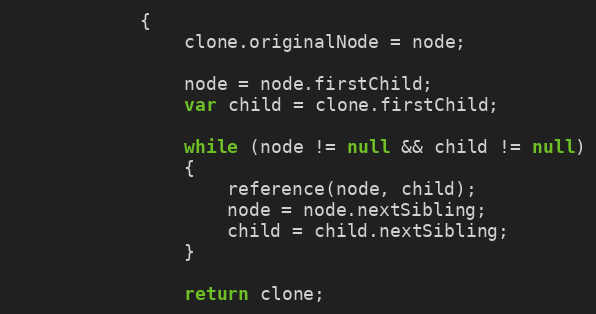
Language: JavaScript
			{
				clone.originalNode = node;

				node = node.firstChild;
				var child = clone.firstChild;

				while (node != null && child != null)
				{
					reference(node, child);
					node = node.nextSibling;
					child = child.nextSibling;
				}

				return clone;